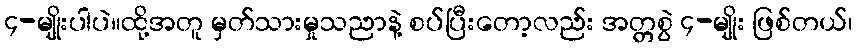
၄-မျိုးပါပဲ။ထို့အတူ မှတ်သားမှုသညာနဲ့ စပ်ပြီးတော့လည်း အတ္တစွဲ ၄-မျိုး ဖြစ်တယ်၊